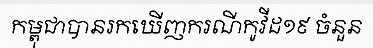
កម្ពុជាបានរកឃើញករណីកូវីដ១៩ ចំនួន